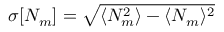
\sigma [ N _ { m } ] = \sqrt { \langle N _ { m } ^ { 2 } \rangle - \langle N _ { m } \rangle ^ { 2 } }